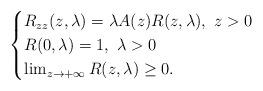
LaTeX: \begin{align*} \begin{cases} R_{zz}(z,\lambda) = \lambda A(z) R(z,\lambda),\ z>0\\ R(0,\lambda) = 1,\ \lambda>0\\ \lim_{z\rightarrow {+\infty}}R(z,\lambda) \geq 0. \end{cases} \end{align*}